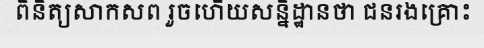
ពិនិត្យសាកសព រួចហើយសន្និដ្ឋានថា ជនរងគ្រោះ